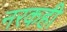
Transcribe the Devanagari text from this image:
नरकही